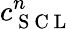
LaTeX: c_{\mathrm{~S~C~L~}}^{n}